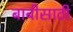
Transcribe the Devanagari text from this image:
बाबीसाठी